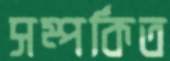
সম্পর্কিত